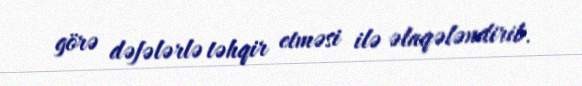
görə dəfələrlə təhqir etməsi ilə əlaqələndirib.